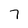
Character: 7